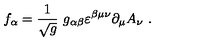
f _ { \alpha } = \frac { 1 } { \sqrt { g } } \ g _ { \alpha \beta } \varepsilon ^ { \beta \mu \nu } \partial _ { \mu } A _ { \nu } \ .